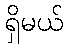
ရှိမယ်